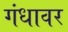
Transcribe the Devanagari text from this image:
गंधावर